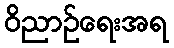
ဝိညာဉ်ရေးအရ